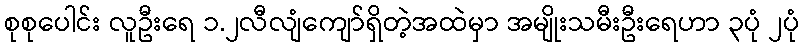
စုစုပေါင်း လူဦးရေ ၁.၂လီလျံကျော်ရှိတဲ့အထဲမှာ အမျိုးသမီးဦးရေဟာ ၃ပုံ ၂ပုံ